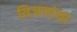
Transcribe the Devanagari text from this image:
विजयांचा